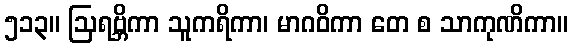
၅၁၃။ ဩရဗ္ဘိကာ သူကရိကာ၊ မာဂဝိကာ တေ စ သာကုဏိကာ။